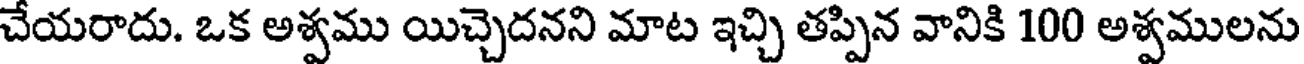
చేయరాదు. ఒక అశ్వము యిచ్చెదనని మాట ఇచ్చి తప్పిన వానికి 100 అశ్వములను